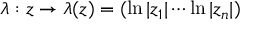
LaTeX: \lambda : z \rightarrow \lambda ( z ) = ( \ln | z _ { 1 } | \cdots \ln | z _ { n } | )